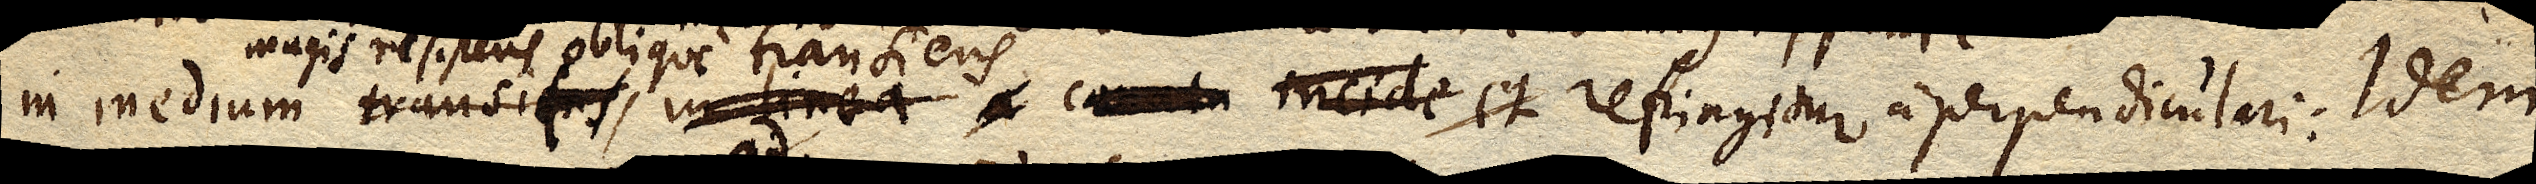
in medium transiens, in linea a xx incide et refgrangitur a perpendiculari: Idem